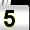
Digit: 5